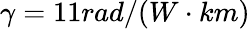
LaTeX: \gamma=11rad/(W\cdot km)